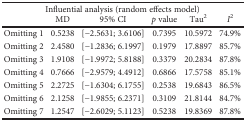
<table><thead><tr><td colspan="6"><b>Influential analysis (random effects model)</b></td></tr><tr><td></td><td><b>MD</b></td><td><b>95% CI</b></td><td><b><i>p</i> value</b></td><td><b>Tau<sup>2</sup></b></td><td><b><i>I</i><sup>2</sup></b></td></tr></thead><tbody><tr><td>Omitting 1</td><td>0.5238</td><td>[−2.5631; 3.6106]</td><td>0.7395</td><td>10.5972</td><td>74.9%</td></tr><tr><td>Omitting 2</td><td>2.4580</td><td>[−1.2836; 6.1997]</td><td>0.1979</td><td>17.8897</td><td>85.7%</td></tr><tr><td>Omitting 3</td><td>1.9108</td><td>[−1.9972; 5.8188]</td><td>0.3379</td><td>20.2834</td><td>87.8%</td></tr><tr><td>Omitting 4</td><td>0.7666</td><td>[−2.9579; 4.4912]</td><td>0.6866</td><td>17.5758</td><td>85.1%</td></tr><tr><td>Omitting 5</td><td>2.2725</td><td>[−1.6304; 6.1755]</td><td>0.2538</td><td>19.6843</td><td>86.5%</td></tr><tr><td>Omitting 6</td><td>2.1258</td><td>[−1.9855; 6.2371]</td><td>0.3109</td><td>21.8144</td><td>84.7%</td></tr><tr><td>Omitting 7</td><td>1.2547</td><td>[−2.6029; 5.1123]</td><td>0.5238</td><td>19.8369</td><td>87.8%</td></tr></tbody></table>